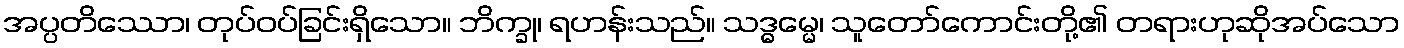
အပ္ပတိဿော၊ တုပ်ဝပ်ခြင်းရှိသော။ ဘိက္ခု၊ ရဟန်းသည်။ သဒ္ဓမ္မေ၊ သူတော်ကောင်းတို့၏ တရားဟုဆိုအပ်သော